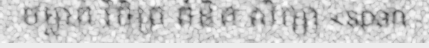
ចម្លាក់ វិចិត្រ គំនិត សិក្សា <span